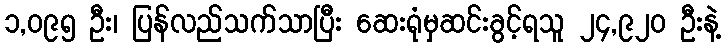
၁,၀၉၅ ဦး၊ ပြန်လည်သက်သာပြီး ဆေးရုံမှဆင်းခွင့်ရသူ ၂၄,၉၂၀ ဦးနဲ့